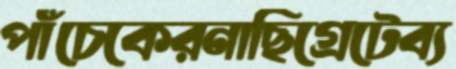
পাঁচেকেরনাছিগ্রেটেব্য